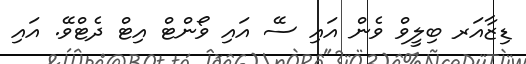
ޑިޒާއަރ ބިލީވް ވެން އައި ސޭ އައި ވޯންޓް އިޓް ދެޓްވޭ. އައި